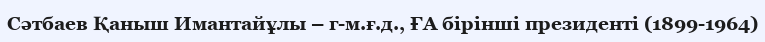
Сәтбаев Қаныш Имантайұлы – г-м.ғ.д., ҒА бірінші президенті (1899-1964)